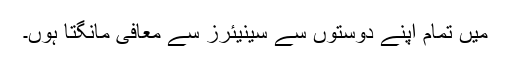
میں تمام اپنے دوستوں سے سینیئرز سے معافی مانگتا ہوں۔